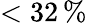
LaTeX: <32\, \%